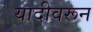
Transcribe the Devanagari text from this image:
यादीवरून